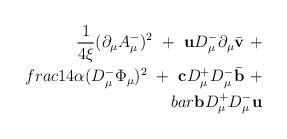
LaTeX: \begin{align*}\frac{1}{4\xi} ( \partial_\mu A_\mu^-)^2 \ + \ {\bf u} D_\mu^- \partial_\mu \bar{\bf v}\ + \\frac{1}{4\alpha} ( D_\mu^- \Phi_\mu )^2\ + \ {\bf c} D_\mu^+ D_\mu^- \bar {\bf b} \ + \\bar {\bf b} D_\mu^+ D_\mu^- {\bf u}\end{align*}